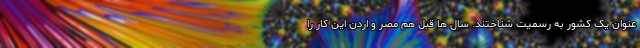
عنوان یک کشور به رسمیت شناختند. سال ها قبل هم مصر و اردن این کار را